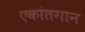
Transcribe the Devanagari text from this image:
एकांतगान